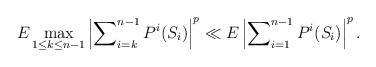
LaTeX: \begin{align*}E\max_{1\leq k\leq n-1}\left\vert \sum\nolimits_{i=k}^{n-1}P^{i}(S_{i})\right\vert ^{p}\ll E\left\vert \sum\nolimits_{i=1}^{n-1}P^{i}(S_{i})\right\vert ^{p}. \end{align*}